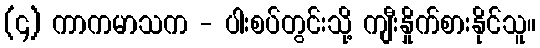
(၄) ကာကမာသက - ပါးစပ်တွင်းသို့ ကျီးနှိုက်စားနိုင်သူ။